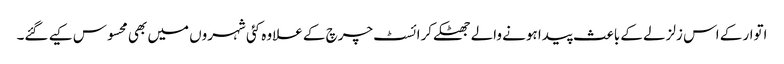
اتوار کے اس زلزلے کے باعث پیدا ہونے والے جھٹکے کرائسٹ چرچ کے علاوہ کئی شہروں میں بھی محسوس کیے گئے۔